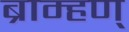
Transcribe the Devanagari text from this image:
ब्राम्हण्